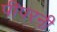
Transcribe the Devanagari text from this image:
पीपरनी